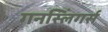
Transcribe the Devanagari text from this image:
गनस्लिंगर्स